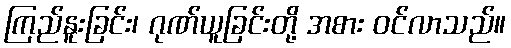
ကြည်နူးခြင်း၊ ဂုဏ်ယူခြင်းတို့ အစား ဝင်လာသည်။